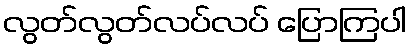
လွတ်လွတ်လပ်လပ် ပြောကြပါ